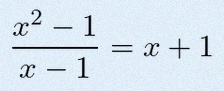
\frac{x^2-1}{x-1}=x+1